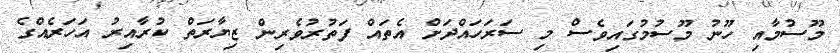
މޫސުމާއި ހޫނު މޫސުމުގައިވެސް މި ސަރަހައްދަށް އެތައް ފަތުރުވެރިން ޒިޔާރަތް ކުރާއިރު އަހަރެއްގެ